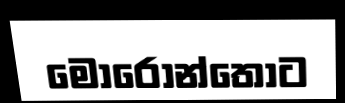
මොරොන්තොට